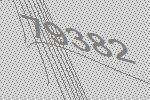
79382